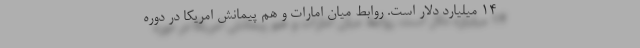
14 میلیارد دلار است. روابط میان امارات و هم پیمانش امریکا در دوره